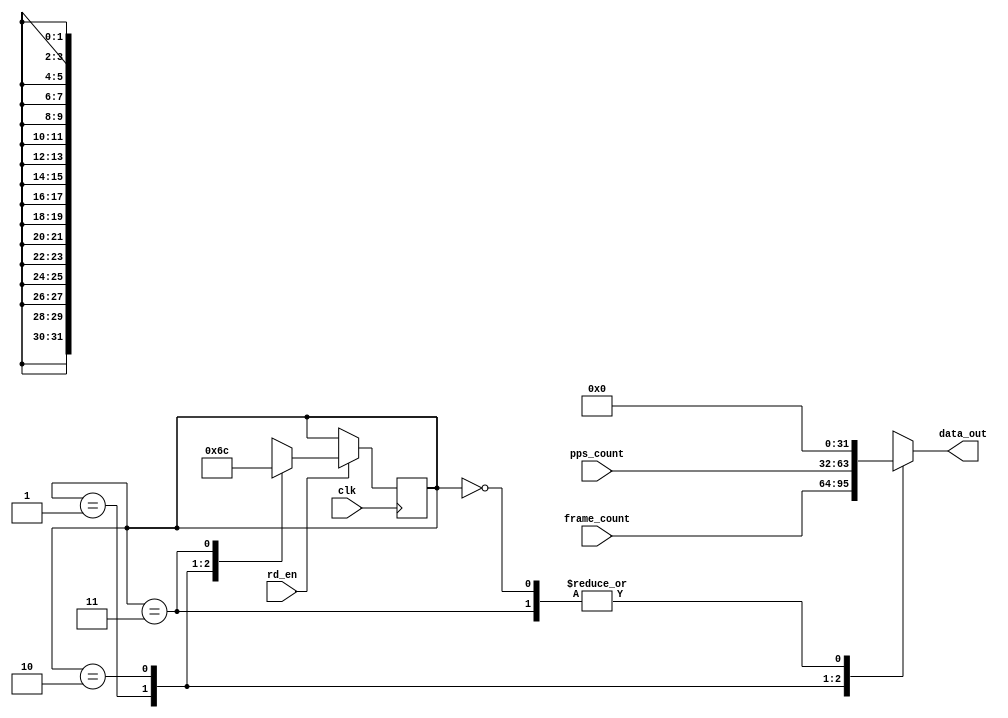
`timescale 1ns / 1ps
//////////////////////////////////////////////////////////////////////////////////
// Company: 
// Engineer: 
// 
// Design Name: 
// Module Name:    hdr_ram 
// Project Name: 
// Target Devices: 
// Tool versions: 
// Description: 
//
// Dependencies: 
//
// Revision: 
// Revision 0.01 - File Created
// Additional Comments: 
//
//////////////////////////////////////////////////////////////////////////////////
module hdr_ram(
input [31:0] pps_count, frame_count,
input rd_en, clk,
output reg [31:0] data_out=0
    );

localparam state0 = 2'b00;
localparam state1 = 2'b01;
localparam state2 = 2'b10;
localparam state3 = 2'b11;

reg [1:0] curr_state=0;
reg [1:0] next_state=0;

always @ (posedge clk)
begin	if (rd_en)
		   curr_state<=next_state;
end

always @ (*)
begin
	next_state=curr_state;
case (curr_state)
			state0: begin next_state = state1; end
			state1: begin next_state = state2; end
			state2: begin next_state = state3; end
			state3: begin next_state = state0; end
endcase
end


always @ (*)
begin
		case (curr_state)
				state0: begin data_out=0; end
				state1: begin data_out=frame_count;end
				state2: begin data_out=pps_count;end
				state3: begin data_out=0; end
endcase
end

endmodule